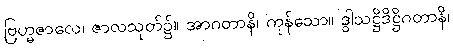
ဗြဟ္မဇာလေ၊ ဇာလသုတ်၌။ အာဂတာနိ၊ ကုန်သော။ ဒွါသဋ္ဌိဒိဋ္ဌိဂတာနိ၊